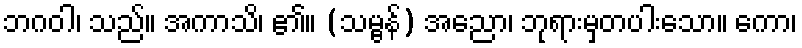
ဘဂဝါ၊ သည်။ အကာသိ၊ ၏။ (သမ္ဗန်) အညော၊ ဘုရားမှတပါးသော။ ကော၊